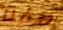
صفنا